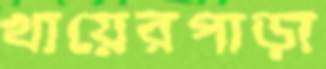
খায়েরপাড়া